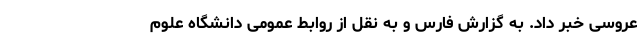
عروسی خبر داد. به گزارش فارس و به نقل از روابط عمومی دانشگاه علوم